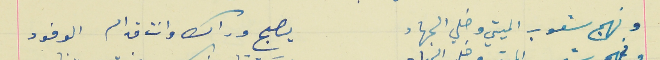
ونهج شعوب الميتي وخلي الجهاد                             يصبح وراك وانت قدام الوفود